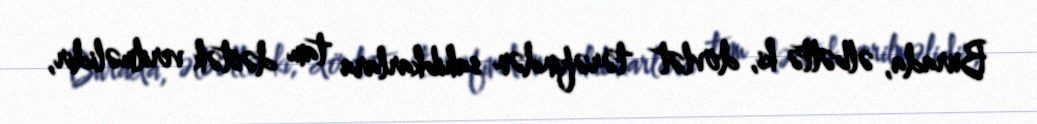
Burada, əlbəttə ki, dövlət tərəfindən sahibkarlara tam dəstək verilməlidir,